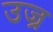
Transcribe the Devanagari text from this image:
उज्र